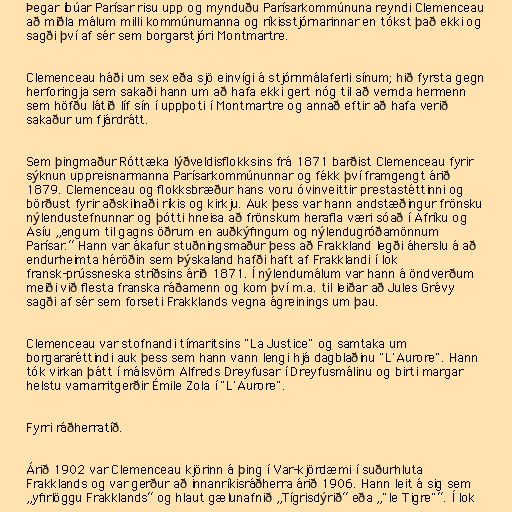
Þegar íbúar Parísar risu upp og mynduðu Parísarkommúnuna reyndi Clemenceau
að miðla málum milli kommúnumanna og ríkisstjórnarinnar en tókst það ekki og
sagði því af sér sem borgarstjóri Montmartre.

Clemenceau háði um sex eða sjö einvígi á stjórnmálaferli sínum; hið fyrsta gegn
herforingja sem sakaði hann um að hafa ekki gert nóg til að vernda hermenn
sem höfðu látið líf sín í uppþoti í Montmartre og annað eftir að hafa verið
sakaður um fjárdrátt.

Sem þingmaður Róttæka lýðveldisflokksins frá 1871 barðist Clemenceau fyrir
sýknun uppreisnarmanna Parísarkommúnunnar og fékk því framgengt árið
1879. Clemenceau og flokksbræður hans voru óvinveittir prestastéttinni og
börðust fyrir aðskilnaði ríkis og kirkju. Auk þess var hann andstæðingur frönsku
nýlendustefnunnar og þótti hneisa að frönskum herafla væri sóað í Afríku og
Asíu „engum til gagns öðrum en auðkýfingum og nýlendugróðamönnum
Parísar.“ Hann var ákafur stuðningsmaður þess að Frakkland legði áherslu á að
endurheimta héröðin sem Þýskaland hafði haft af Frakklandi í lok
fransk-prússneska stríðsins árið 1871. Í nýlendumálum var hann á öndverðum
meiði við flesta franska ráðamenn og kom því m.a. til leiðar að Jules Grévy
sagði af sér sem forseti Frakklands vegna ágreinings um þau.

Clemenceau var stofnandi tímaritsins "La Justice" og samtaka um
borgararéttindi auk þess sem hann vann lengi hjá dagblaðinu "L'Aurore". Hann
tók virkan þátt í málsvörn Alfreds Dreyfusar í Dreyfusmálinu og birti margar
helstu varnarritgerðir Émile Zola í "L'Aurore".

Fyrri ráðherratíð.

Árið 1902 var Clemenceau kjörinn á þing í Var-kjördæmi í suðurhluta
Frakklands og var gerður að innanríkisráðherra árið 1906. Hann leit á sig sem
„yfirlöggu Frakklands“ og hlaut gælunafnið „Tígrisdýrið“ eða „"le Tigre"“. Í lok